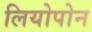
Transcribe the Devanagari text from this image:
लियोपोन